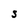
Character: S